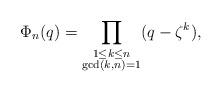
LaTeX: \begin{align*}\Phi_n(q)=\prod_{\substack{1\leq k \leq n \\ \gcd(k,n)=1}}(q-\zeta^k),\end{align*}